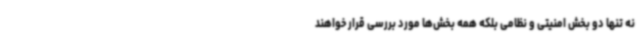
نه تنها دو بخش امنیتی و نظامی بلکه همه بخش‌ها مورد بررسی قرار خواهند